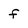
Character: f